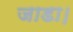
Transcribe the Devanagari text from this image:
जाडा।